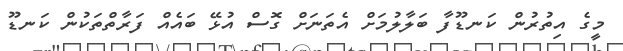
މީގެ އިތުރުން ކަނޑޫފާ ބަލާލުމަށް އެތަނަށް ގޮސް އުޅޭ ބައެއް ފަރާތްތަކުން ކަނޑޫ